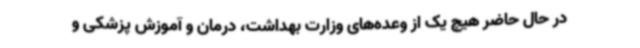
در حال حاضر هیچ یک از وعده‌های وزارت بهداشت، درمان و آموزش پزشکی و